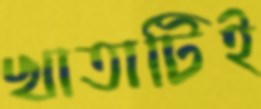
খাতাটিই